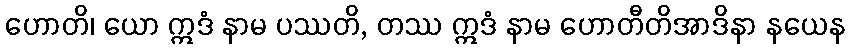
ဟောတိ၊ ယော ဣဒံ နာမ ပဿတိ, တဿ ဣဒံ နာမ ဟောတီတိအာဒိနာ နယေန